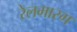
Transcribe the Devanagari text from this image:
रेलमारग